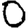
Digit: 0